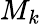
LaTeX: M_{k}